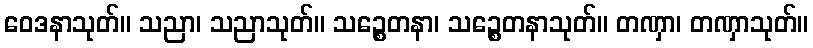
ဝေဒနာသုတ်။ သညာ၊ သညာသုတ်။ သဉ္စေတနာ၊ သဉ္စေတနာသုတ်။ တဏှာ၊ တဏှာသုတ်။